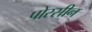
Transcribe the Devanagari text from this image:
पोरसीन